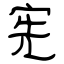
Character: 宪